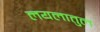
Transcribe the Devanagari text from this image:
लयलातुल